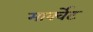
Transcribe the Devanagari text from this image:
मार्क्वेट